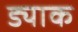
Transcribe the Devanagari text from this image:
ड्याक